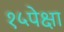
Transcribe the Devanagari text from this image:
१५पेक्षा